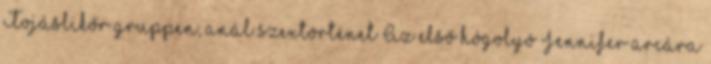
Tojáslikőr gruppen, anál szextörténet Az első hógolyó Jennifer arcára